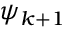
\psi _ { k + 1 }